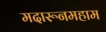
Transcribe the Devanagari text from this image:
मदारूनमहाम